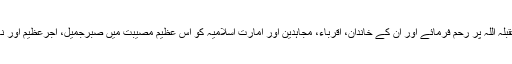
اللہ تعالی شہید منصور تقبلہ اللہ پر رحم فرمائے اور ان کے خاندان، اقرباء، مجاہدین اور امارت اسلامیہ کو اس عظیم مصیبت میں صبرجمیل، اجرعظیم اور نعم البدل نصیب فرمائے۔